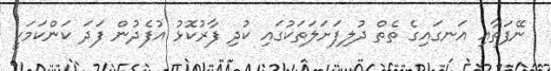
ނޭފަތާއި އަނގައިގެ ތެތް ދުލިފަށަލަތަކުގައި ކުދި ފާރުކޮޅު އުފެދުން ފަދަ ކަންކަމަކީ